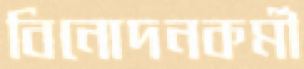
বিনোদনকর্মী